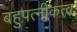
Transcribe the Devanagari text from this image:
बहुपत्नीकत्व